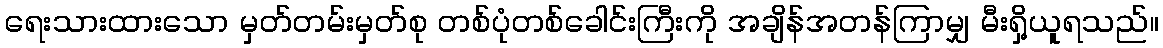
ရေးသားထားသော မှတ်တမ်းမှတ်စု တစ်ပုံတစ်ခေါင်းကြီးကို အချိန်အတန်ကြာမျှ မီးရှိ့ယူရသည်။